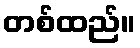
တစ်ထည်။